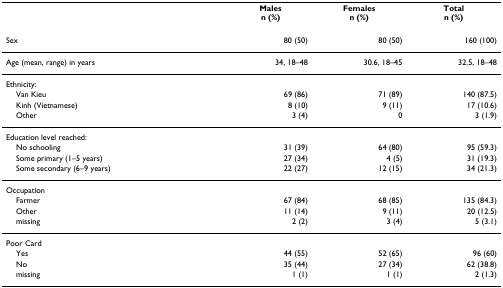
<table><thead><tr><td></td><td><b>Malesn (%)</b></td><td><b>Femalesn (%)</b></td><td><b>Totaln (%)</b></td></tr></thead><tbody><tr><td>Sex</td><td>80 (50)</td><td>80 (50)</td><td>160 (100)</td></tr><tr><td>Age (mean, range) in years</td><td>34, 18–48</td><td>30.6, 18–45</td><td>32.5, 18–48</td></tr><tr><td>Ethnicity:</td><td></td><td></td><td></td></tr><tr><td> Van Kieu</td><td>69 (86)</td><td>71 (89)</td><td>140 (87.5)</td></tr><tr><td> Kinh (Vietnamese)</td><td>8 (10)</td><td>9 (11)</td><td>17 (10.6)</td></tr><tr><td> Other</td><td>3 (4)</td><td>0</td><td>3 (1.9)</td></tr><tr><td>Education level reached:</td><td></td><td></td><td></td></tr><tr><td> No schooling</td><td>31 (39)</td><td>64 (80)</td><td>95 (59.3)</td></tr><tr><td> Some primary (1–5 years)</td><td>27 (34)</td><td>4 (5)</td><td>31 (19.3)</td></tr><tr><td> Some secondary (6–9 years)</td><td>22 (27)</td><td>12 (15)</td><td>34 (21.3)</td></tr><tr><td>Occupation</td><td></td><td></td><td></td></tr><tr><td> Farmer</td><td>67 (84)</td><td>68 (85)</td><td>135 (84.3)</td></tr><tr><td> Other</td><td>11 (14)</td><td>9 (11)</td><td>20 (12.5)</td></tr><tr><td> missing</td><td>2 (2)</td><td>3 (4)</td><td>5 (3.1)</td></tr><tr><td>Poor Card</td><td></td><td></td><td></td></tr><tr><td> Yes</td><td>44 (55)</td><td>52 (65)</td><td>96 (60)</td></tr><tr><td> No</td><td>35 (44)</td><td>27 (34)</td><td>62 (38.8)</td></tr><tr><td> missing</td><td>1 (1)</td><td>1 (1)</td><td>2 (1.3)</td></tr></tbody></table>